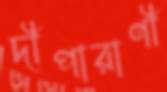
দীপারাণী